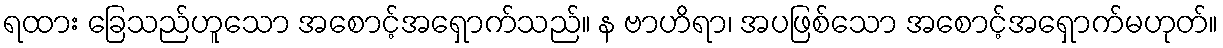
ရထား ခြေသည်ဟူသော အစောင့်အရှောက်သည်။ န ဗာဟိရာ၊ အပဖြစ်သော အစောင့်အရှောက်မဟုတ်။